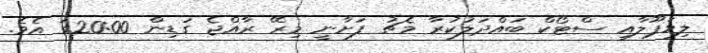
ލިވަޕޫލާއި ސްޓޯކް ބައްދަލުކުރާ މެޗު ފަށާނީ މިރޭ ރާއްޖެ ގަޑިން 20:00ގަ އެވެ.